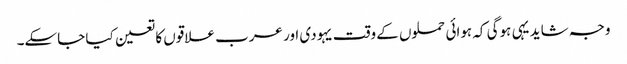
وجہ شاید یہی ہوگی کہ ہوائی حملوں کے وقت یہودی اور عرب علاقوں کا تعین کیا جاسکے۔